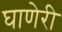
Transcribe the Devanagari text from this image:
घाणेरी